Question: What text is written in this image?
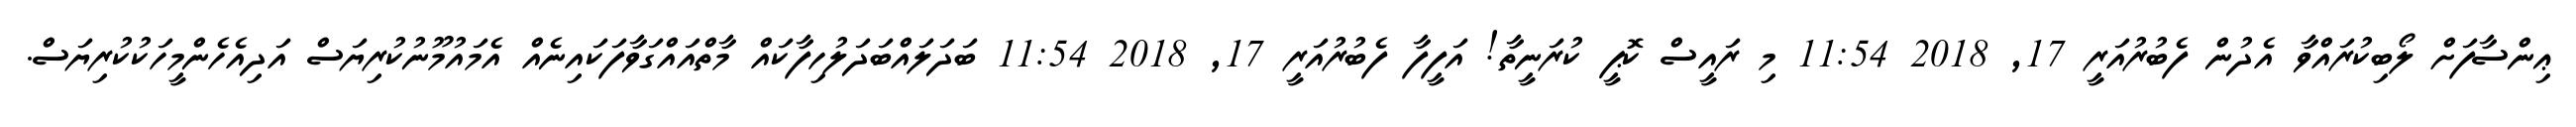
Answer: ޢިންސާފަށް ލޯބިކުރައްވާ އެދުން ފެބުރުއަރީ 17, 2018 11:54 މި ރައީސް ކޮޕީ ކުރަނީތާ! އަފީފާ ފެބުރުއަރީ 17, 2018 11:54 ބަދަލައްބަދަލުހިފާކައް މާތްއައްގަވާފަކައިނެއް އެމައުމޫނުކުރިޔަސް އަދިއެހެންމީހަކުކުރިޔަސް.